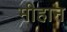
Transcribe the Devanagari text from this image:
मीहान